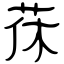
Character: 茠